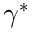
\gamma ^ { * }